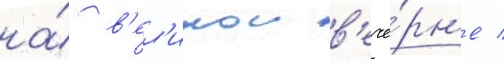
на́ в'ел'икои в'ече́рн'е /